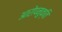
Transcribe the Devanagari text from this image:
आरोपमुक्ति